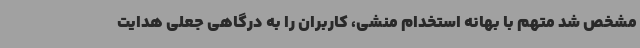
مشخص شد متهم با بهانه استخدام منشی، کاربران را به درگاهی جعلی هدایت